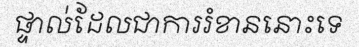
ផ្ទាល់ដែលជាការរំខាននោះទេ